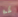
كم